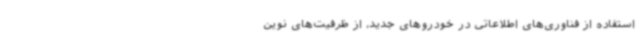
استفاده از فناوری‌های اطلاعاتی در خودروهای جدید، از ظرفیت‌های نوین